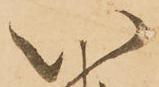
い